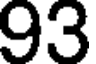
93